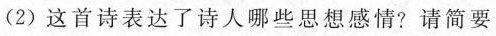
(2)这首诗表达了诗人哪些思想感情?请简要